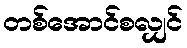
တစ်အောင်စလျှင်